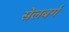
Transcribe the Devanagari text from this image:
सेलबर्ग